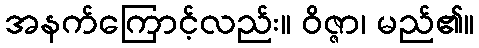
အနက်ကြောင့်လည်း။ ဝိဇ္ဇာ၊ မည်၏။